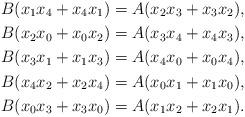
LaTeX: \begin{align*}B(x_1x_4+x_4x_1) = A(x_2x_3+x_3x_2),\\B(x_2x_0+x_0x_2) = A(x_3x_4+x_4x_3),\\B(x_3x_1+x_1x_3) = A(x_4x_0+x_0x_4),\\B(x_4x_2+x_2x_4) = A(x_0x_1+x_1x_0),\\B(x_0x_3+x_3x_0) = A(x_1x_2+x_2x_1).\end{align*}